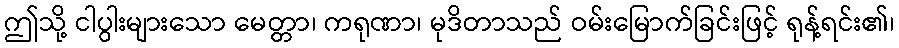
ဤသို့ ငါပွါးများသော မေတ္တာ၊ ကရုဏာ၊ မုဒိတာသည် ဝမ်းမြောက်ခြင်းဖြင့် ရုန့်ရင်း၏၊